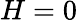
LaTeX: H=0